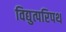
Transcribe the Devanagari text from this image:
विद्युत्परिपथ